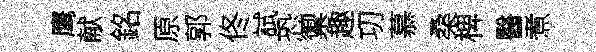
鹰献銘原郭佟試恐禦趣㓛慕桑椑醫煮